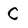
Character: C